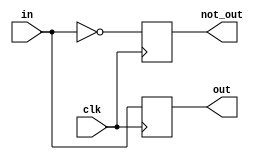
module dFlipFlop(clk,in,out,not_out);
input clk;
input in; 
output reg out; 
output reg not_out;

always @(posedge clk) begin
    out <= in; 
    not_out <= ~in; 
end
endmodule